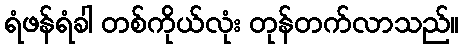
ရံဖန်ရံခါ တစ်ကိုယ်လုံး တုန်တက်လာသည်။